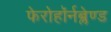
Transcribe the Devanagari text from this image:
फेरोहॉर्नब्लेण्ड